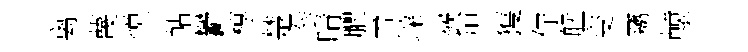
离蔑悦帖鬱椁楚拳晴臞電垜嶔烜獲佇艋变竊轅